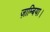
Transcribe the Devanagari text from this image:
ज़ाम्बिया।